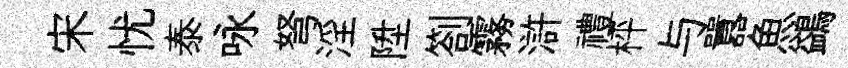
宋忧泰咏弩淫陞劄霧滸禮枰与囂魚鷁